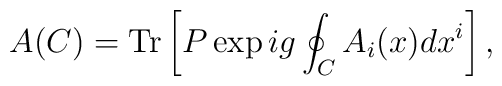
A(C) = {\rm Tr} \left[ P \exp ig \oint_C A_i(x) dx^i \right],